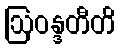
ဩဝန္ဒတီတိ